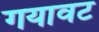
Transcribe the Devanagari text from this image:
गयावट